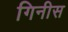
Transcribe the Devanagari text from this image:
गिनीस